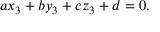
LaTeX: \, a x _ { 3 } + b y _ { 3 } + c z _ { 3 } + d = 0 .